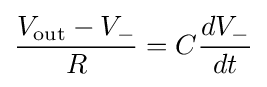
{\frac {V_{\rm {out}}-V_{-}}{R}}=C{\frac {dV_{-}}{dt}}